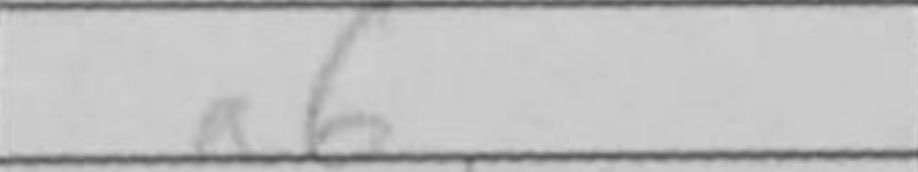
Transcription: a6